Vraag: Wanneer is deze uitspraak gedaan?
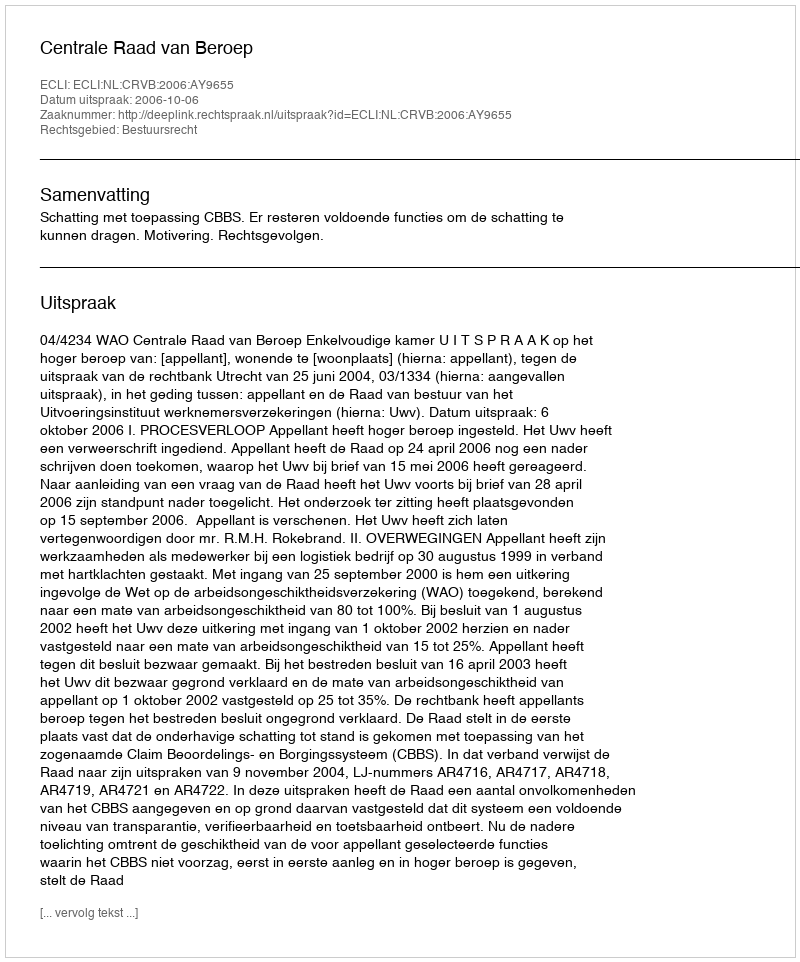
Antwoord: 2006-10-06